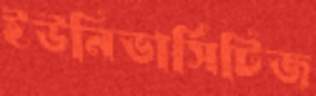
ইউনিভার্সিটিজ